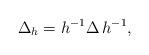
LaTeX: \begin{align*}\Delta _{h} = h^{-1} \Delta \, h^{-1} ,\end{align*}